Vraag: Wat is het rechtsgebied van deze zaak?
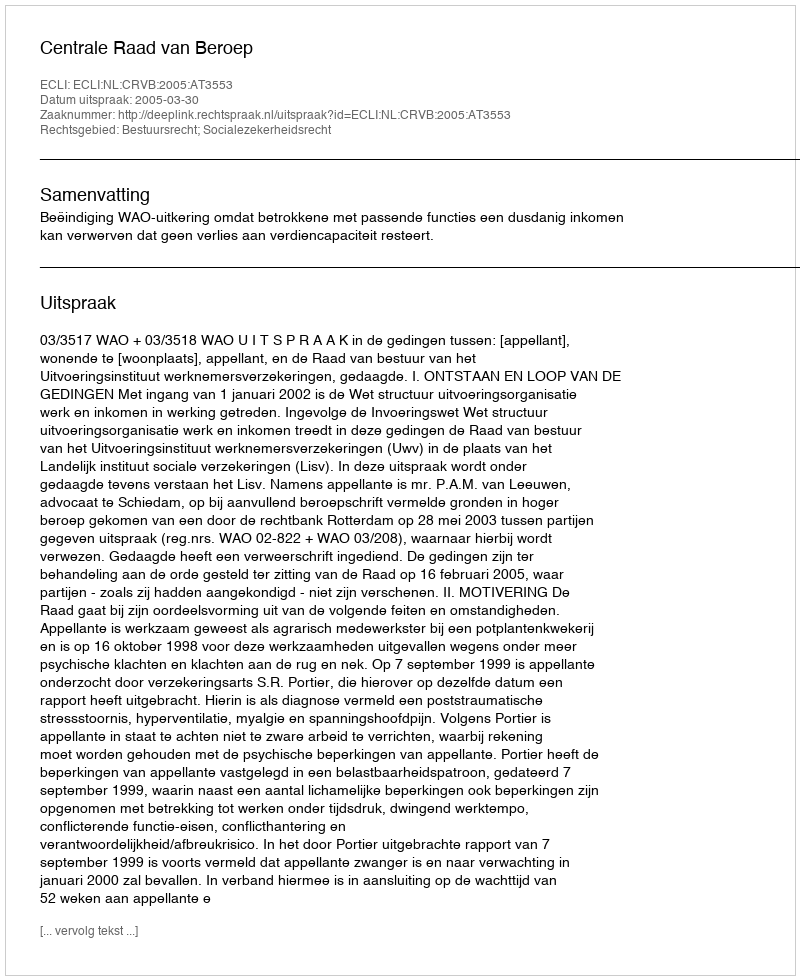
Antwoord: Bestuursrecht; Socialezekerheidsrecht